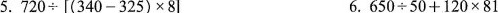
$$5.720\div[(340-325)\times8]$$ $$6.650\div50+120\times81$$